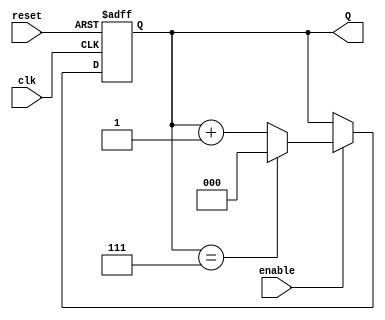
module up_counter #(
    parameter N = 3 // Specify the number of bits for the counter
)(
    input wire clk,      // Clock input
    input wire reset,    // Asynchronous reset (active high)
    input wire enable,   // Enable signal
    output reg [N-1:0] Q // Current count output
);

    // Asynchronous reset and counter logic
    always @(posedge clk or posedge reset) begin
        if (reset) begin
            Q <= 0; // Reset the counter to 0
        end else if (enable) begin
            if (Q == (1 << N) - 1) begin
                Q <= 0; // Roll over to 0 when maximum count is reached
            end else begin
                Q <= Q + 1; // Increment the count
            end
        end
    end

endmodule